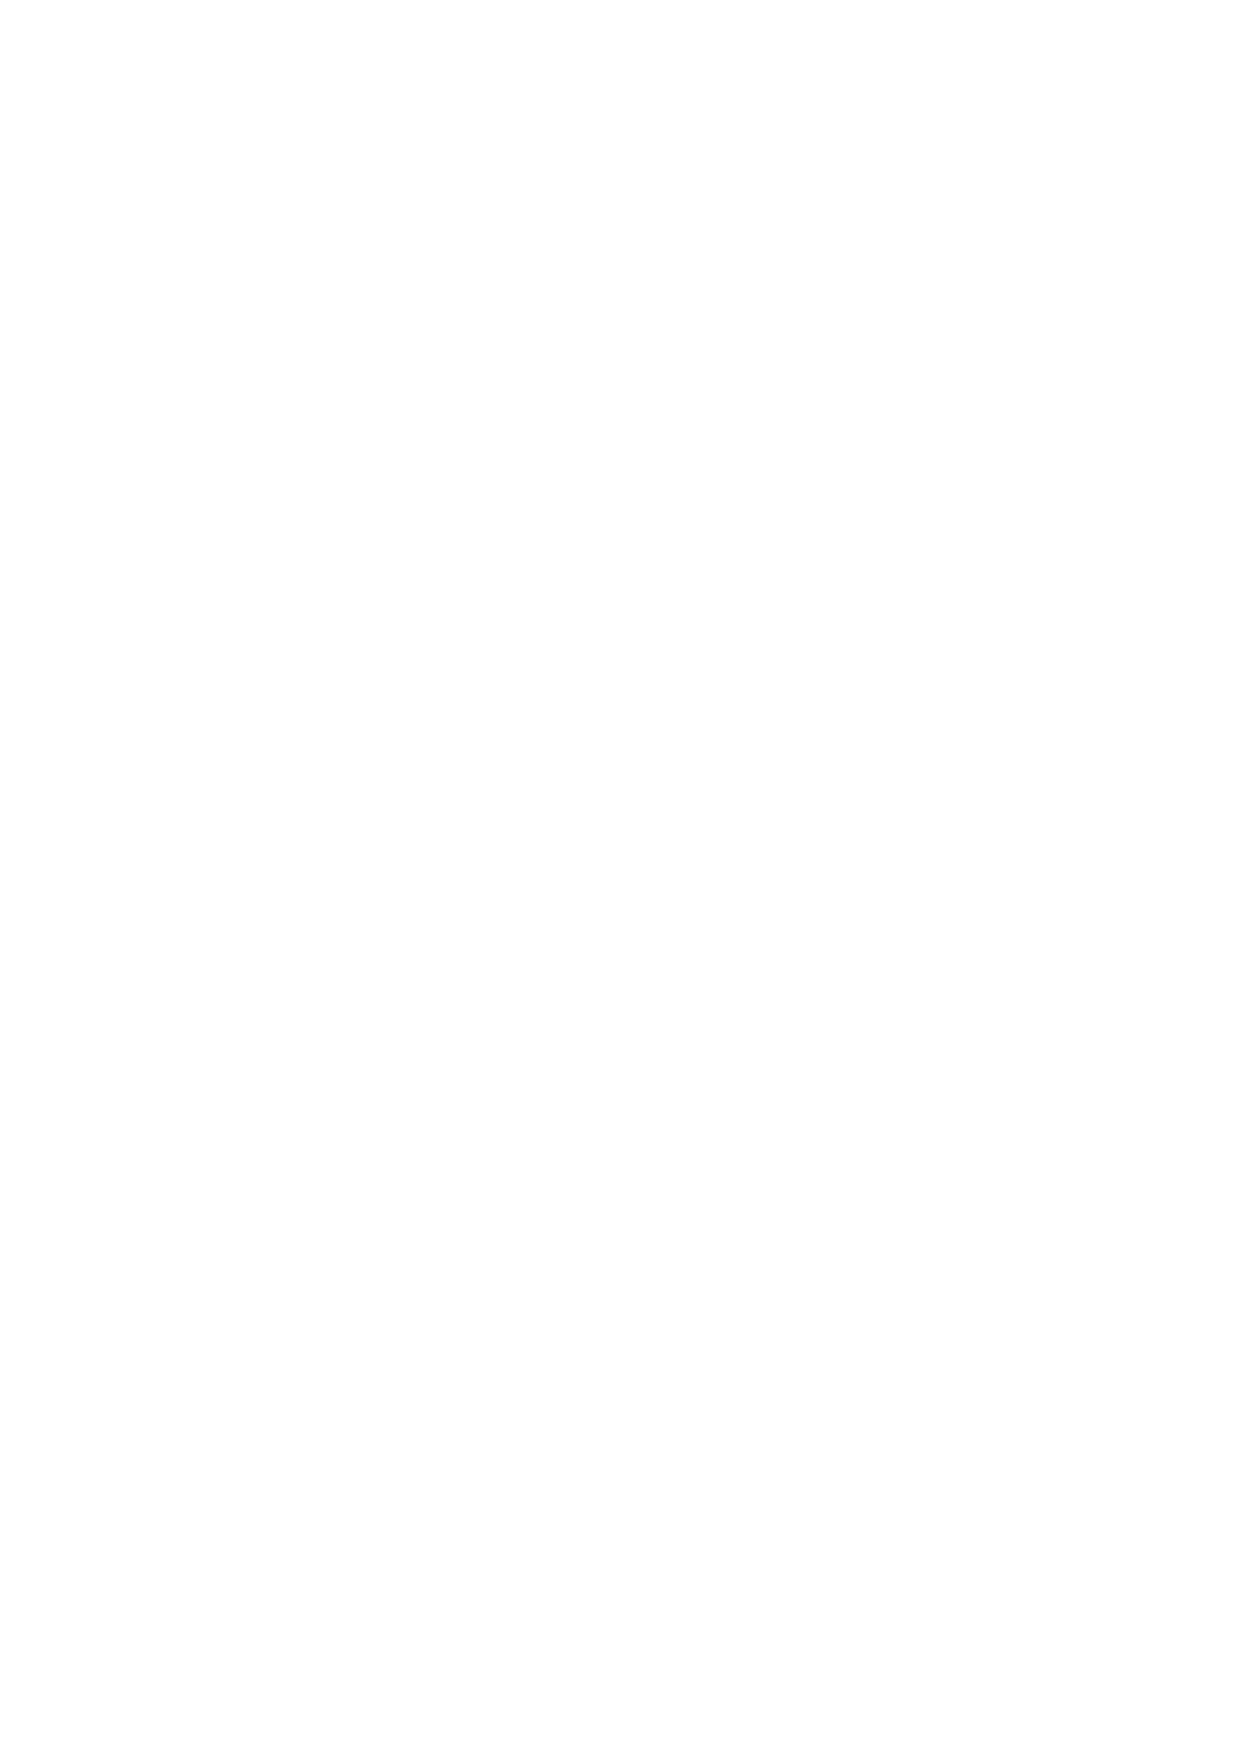
METHODIST HOMES
 NOTES TO THE FINANCIAL STATEMENTS
 For the year ended 31 March 2015
 7.   Analysisofgovernance and supportcosts
 The Group initially identifies the costs of its support functions. It then identifies those costs shich
 relate to the gosernance function. Hasng identified its governance costs, the remaIning support costs
 together ssith the gosernance costs are apportioned between the key charitable activities undertaken
 (see note 6) in the year. Refer to the table below for the basis for apportionment and the analysis of
 support and gosernancecosts
 Support Governance 2015 2014
 Costs  function Total Total Basis of
 £‘OOO   £‘OOO  £‘OOO  £‘OOO allocation
 Employment costs                              268 Stafftime
 -             -
 Trustee expenses                 10    10      15 Insoicedesents
 External auditor audit services:                 Gosernance
 —                -
 Parent                           71    71     58 (iosernance
 -
 Subsidiaries                     24    24     34 Gosernance
 -
 External auditor othersersices                29 Gosernance
 —                              -
 Taxation services                              14 Governance
 -       -     -
 Compliance                                     5 Gosernance
 -
 Advisory                         105   105    20 Governance
 Internal audit                    6     6     20 Gosernance
 -
 Life assurance          363           363        Cost
 -            -
 Othercosts                       88    88     113 Gosernance
 -
 Total                   363     304   667     576
 Life assurance costs are comparable with Employment costs in the prior year. except that the basis of
 allocation has been changedas noted.
 8.   Exceptional items
 2014
 2015        restated
 £‘OOO         £‘OOO
 Bank loan compensation income             (1,186)
 Demolition prosision                       (333)
 Total income                              (1,519)
 Impairment ofassets                                     1,800
 Demolition prosision                                    1,000
 Total costs                                             2,800
 -
 Net(income)/costs                         (1,519)       2.800
 The hank loan compensation income was received as a result of historical loans taken out from a high
 street bank. These loans qualified as hasing been mis-sold under cuffent RSA rules and regulations.
 Note, thatMHAA nolongerhas any dealingwith theprovider ofthis finance.
 36